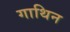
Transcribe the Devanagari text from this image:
गाथिन